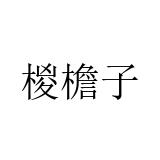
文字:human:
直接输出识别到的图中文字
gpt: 椶檐子